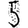
Digit: 5